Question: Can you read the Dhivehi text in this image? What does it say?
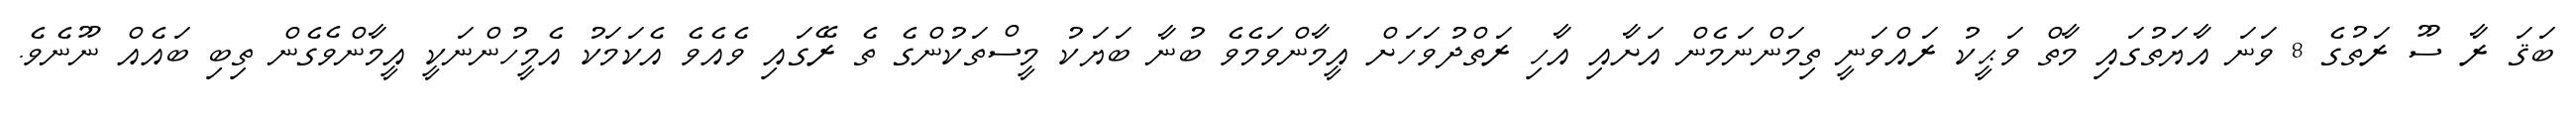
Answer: ބަޤަ ރާ ސޫ ރަތުގެ 8 ވަނަ އާޔަތުގައި މާތް ވަޙީކު ރައްވަނީ ތިމަންނަމެން އަށާއި އާހި ރަތްދުވަހަށް އީމާންވަމެވެ ބުނާ ބަޔަކު މީސްތަކުންގެ ތެ ރޭގައި ވެއެވެ އެކަމަކު އެމީހުންނަކީ އީމާންވެގެން ތިބި ބައެއް ނޫނެވެ.